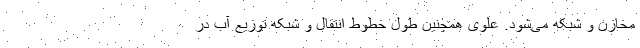
مخازن و شبکه می‌شود. علوی همچنین طول خطوط انتقال و شبکه توزیع آب در